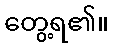
တွေ့ရ၏။